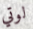
لوتي